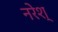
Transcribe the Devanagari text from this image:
नरेश्